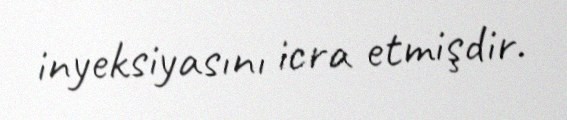
inyeksiyasını icra etmişdir.